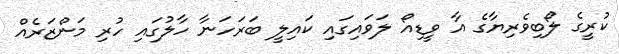
ކުރީގެ ލޯބިވެރިޔާގެ އާ ވީޑިއޯ ލަވައިގައި ކައިލީ ބަރަހަނާ ހާލުގައި ހުރި މަންޒަރެއް